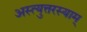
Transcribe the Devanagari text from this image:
अस्त्युत्तरस्याम्